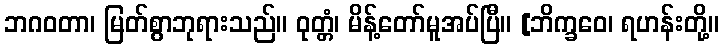
ဘဂဝတာ၊ မြတ်စွာဘုရားသည်။ ဝုတ္တံ၊ မိန့်တော်မူအပ်ပြီ။ [ဘိက္ခဝေ၊ ရဟန်းတို့။